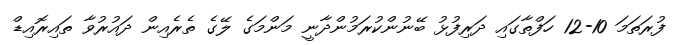
ފުރަތަމަ 10-12 ހަފްތާގައި ދަރިފުޅު ބޭނުންކުރަމުންދާނީ މަންމަގެ ލޭގެ ތެރެއިން ދައުރުވާ ތައިރޮއިޑް